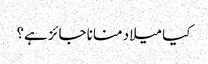
کیا میلاد منانا جائز ہے؟